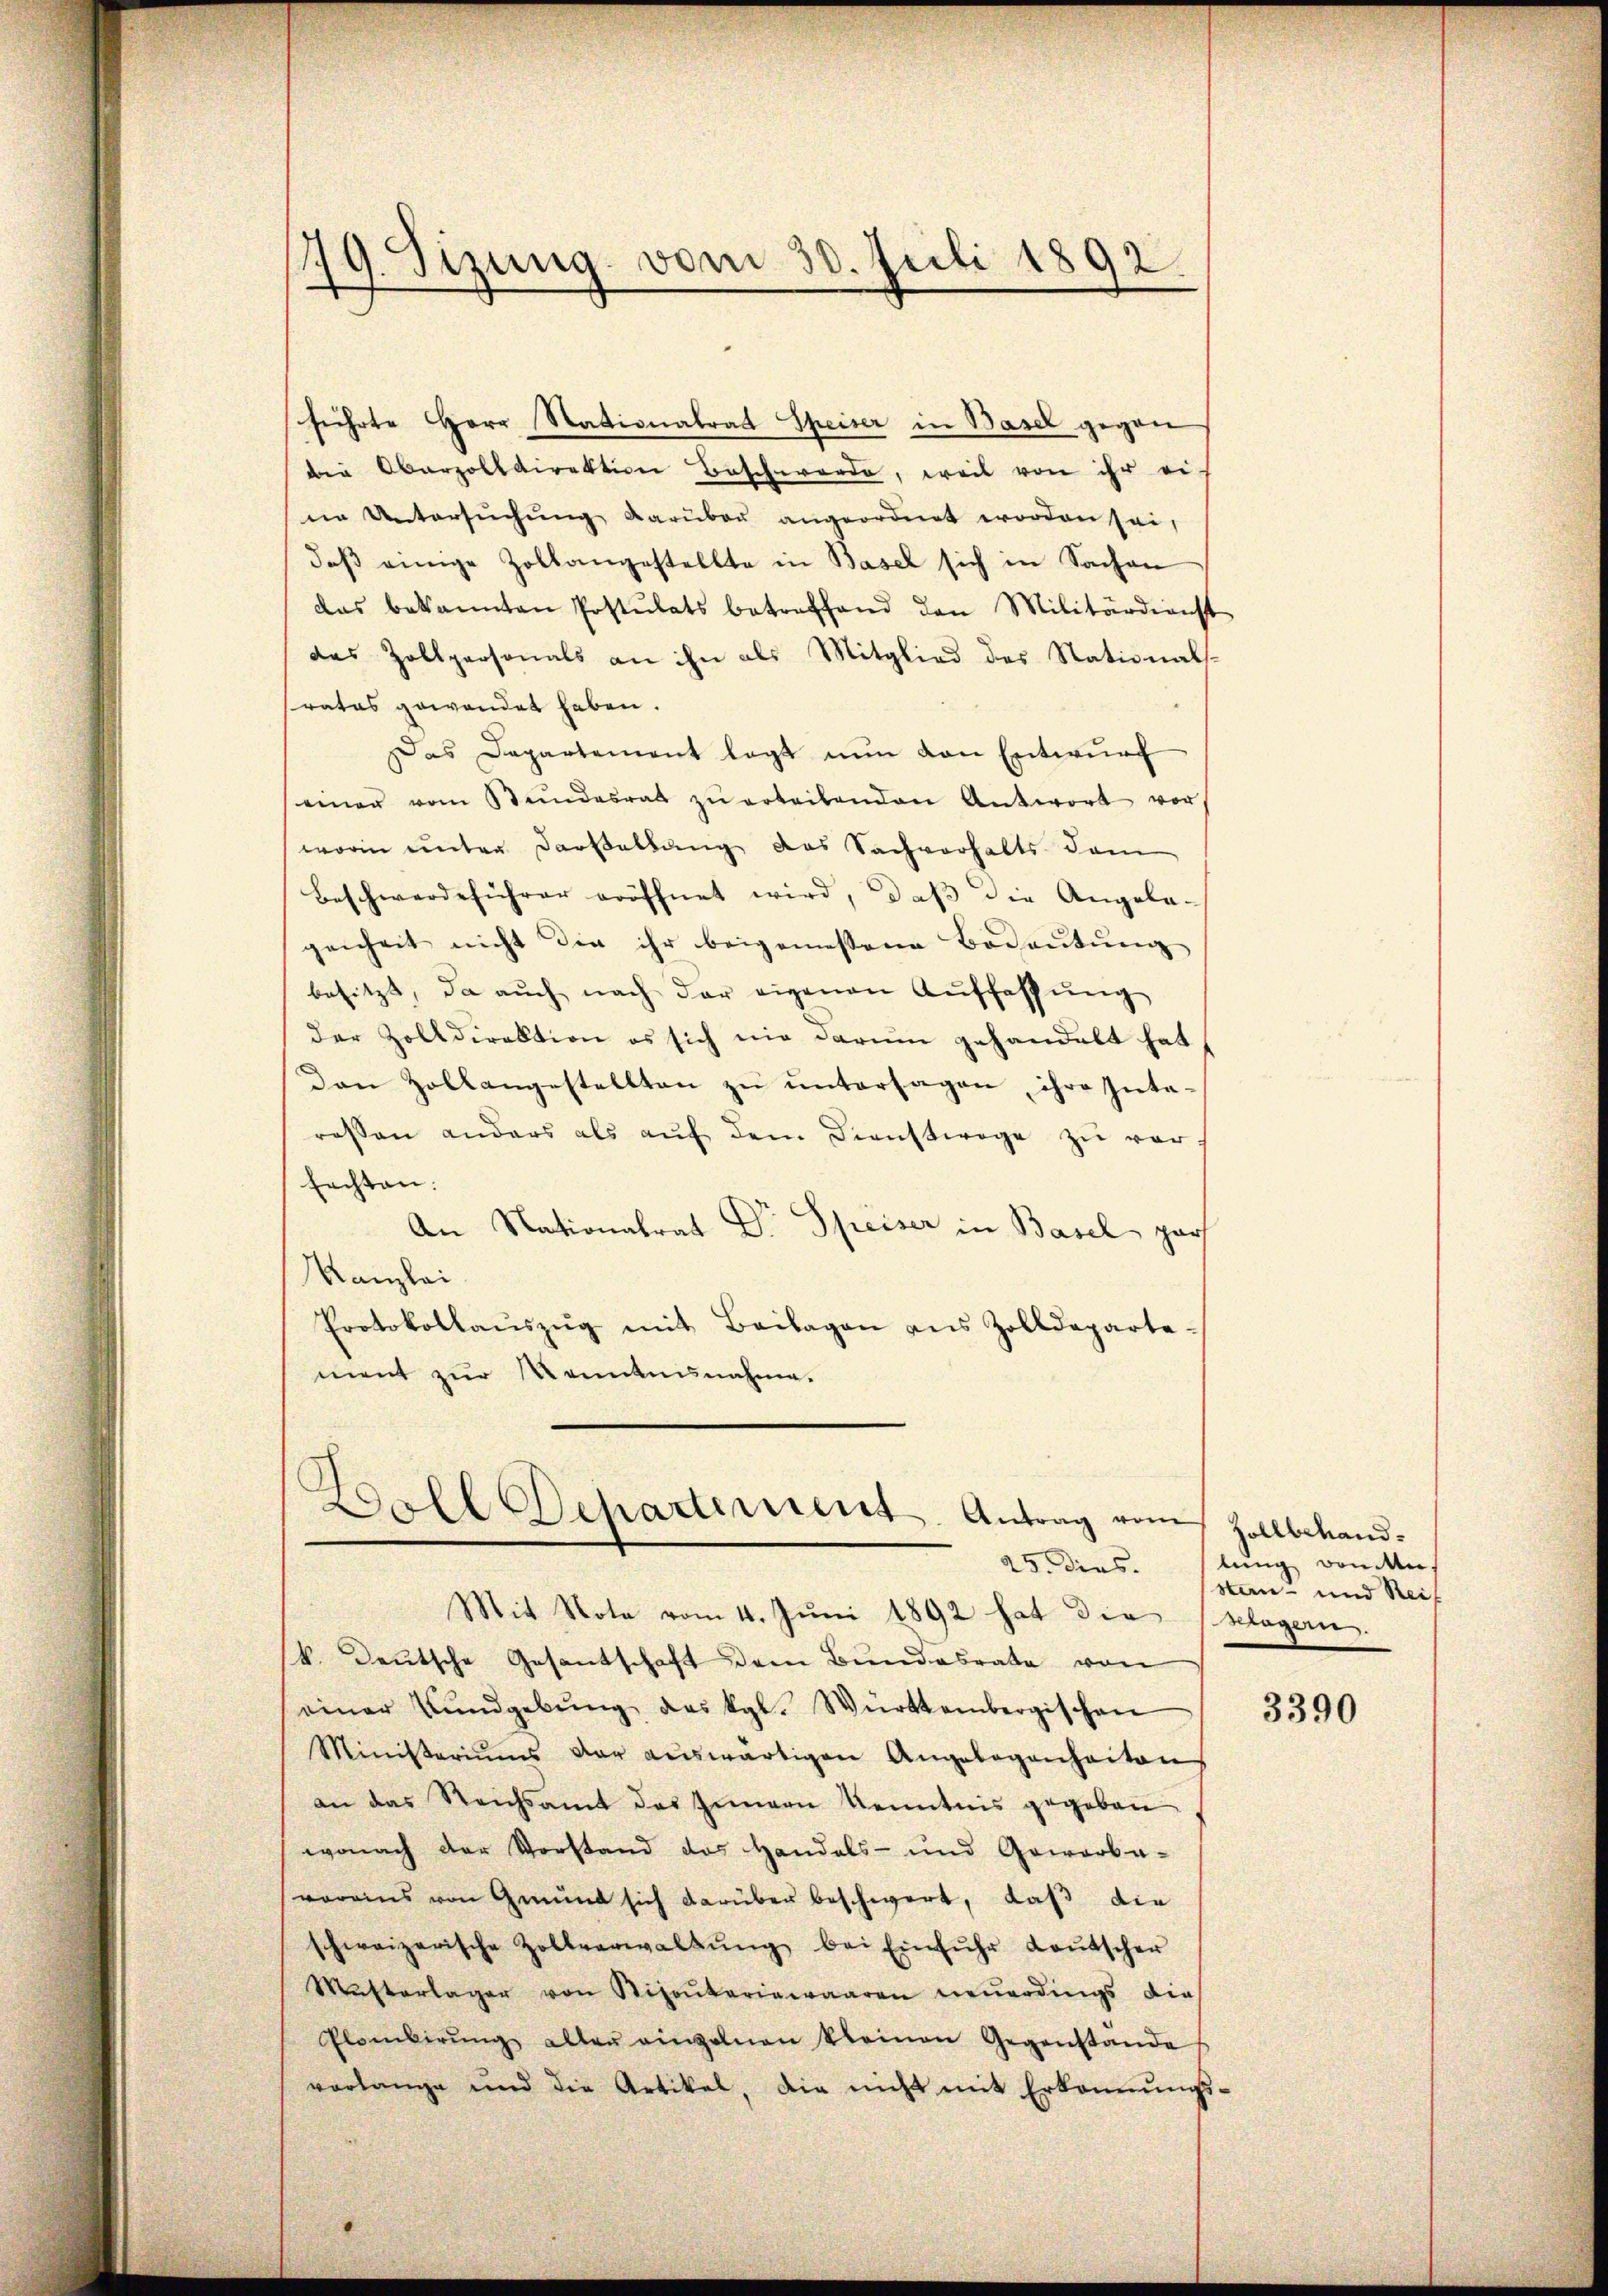
.
9. Sizung vom 30. Juli 1892.
¬

führte Herr Stationalrat Speiser in Basel gegen
die Oberzolldirektion Beschwerde, weil von ihr ei-
ne Untersŭchŭng darüber angeordnet worden sei,
daβ einige Zollangestellte in Basel sich in Sachen
das bekannten Postulats betreffend den Militärdienst
das Zollpersonals an ihn als Mitglied des Stational-
srates gewendet haben.
Das Departement legt nun von Entwurf
einer vom Stundesrat zŭ erteilenden Antwort vor
worin unter Darstellung das Sachverhalts dam
Beschwerdeführer eröffnet wird, daβ die Angelagenheit nicht die ihr beigemessene Bedeutung
besitzt, da auch nach der eigenen Aŭffassŭng
der Zolldirektion es sich nie darum gehandelt hat
Den Zollangestellten zu untersagen, ihre Interessen anders als aŭf dem Dienstwege zŭ ver-
fachten.
An Nationalrat Dr Speiser in Basel, par
Kanzlei
Protokollaŭszŭg mit Beilagen ans Zolldeparte-
ment zur Kenntnisnahme.

Doll Separtement. Antrag vom Zollbehand-
Mit Note vom 4. Juni 1892 hat die Klagern.

k. Deutsche Gesantschaft dem Bundesrate von
einer Fundgebŭng das kgl. Württembergischen
Ministeriums der aŭswärtigen Angelegenheiten
an das Reichsamt des Innern Kenntnis gegeben
wonach der Vorstand das Handels- und Gewarba-
voreins von Grund sich darüber beschwert, daß die
schweizerische Zollverwaltŭng bei Einfŭhr Laŭtscher
Mŭtterlager von Sizontariewaaren neuerdings die
Plombirŭng alten einzelnen kleinen Gegenstände
vorlange und die Artikel, die nicht mit Erkannŭngs-

25. dies. stung Bonitte,
stan- und Reif

3390